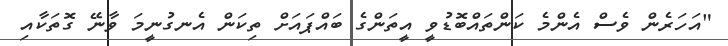
"އަހަރެން ވެސް އެންމެ ކަންތައްބޮޑުވީ އީތަންގެ ބައްޕައަށް ތިކަން އެނގުނީމަ ވާނޭ ގޮތަކާއި